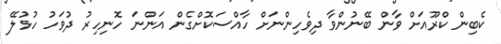
ކެބިން ކްރޫއަށް ވާން ބޭނުންވާ ދިވެހިންނަށް ހާއްސަކޮށްގެން އަންނަ ހޮނިހިރު ދުވަހު ހުޅުލޭ